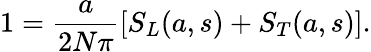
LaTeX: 1=\frac{a}{2N\pi}[S_{L}(a,s)+S_{T}(a,s)].